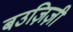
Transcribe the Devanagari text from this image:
बउज़िज़ी